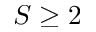
S \geq 2